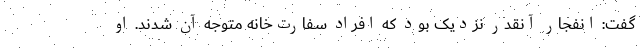
گفت: انفجار آنقدر نزدیک بود که افراد سفارت‌خانه متوجه آن شدند. او